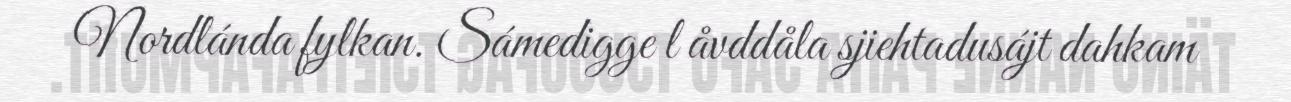
Nordlánda fylkan. Sámedigge l åvddåla sjiehtadusájt dahkam